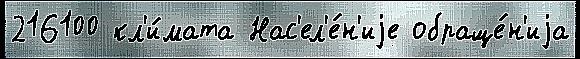
216100 кл'и́мата Нас'ел'е́н'иjе обраще́н'иjа